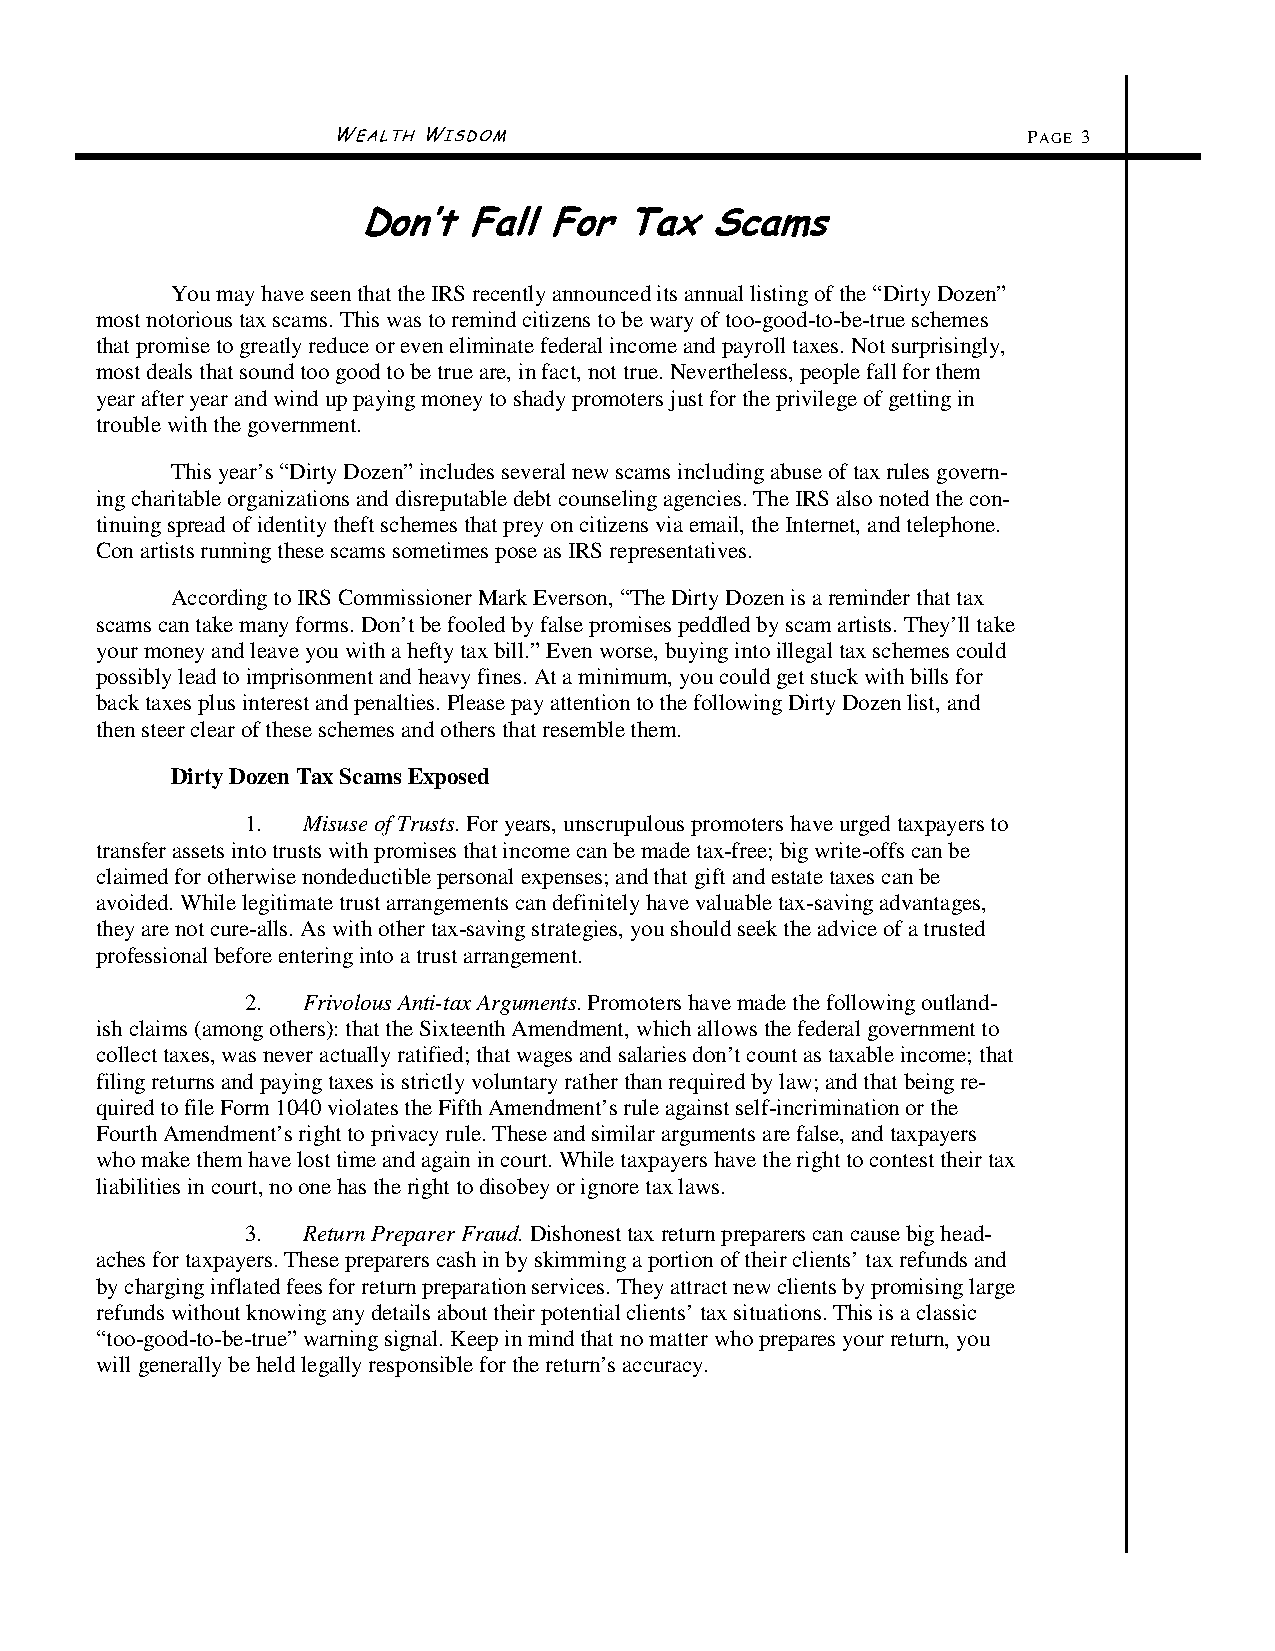
WEALTH WISDOM                                 PAGE 3
 Don’t  Fall For  Tax   Scams
 You may have seen that the IRS recently announced its annual listing of the “Dirty Dozen”
 most notorious tax scams. This was to remind citizens to be wary of too-good-to-be-true schemes
 that promise to greatly reduce or even eliminate federal income and payroll taxes. Not surprisingly,
 most deals that sound too good to be true are, in fact, not true. Nevertheless, people fall for them
 year after year and wind up paying money to shady promoters just for the privilege of getting in
 trouble with the government.
 This year’s “Dirty Dozen” includes several new scams including abuse of tax rules govern-
 ing charitable organizations and disreputable debt counseling agencies. The IRS also noted the con-
 tinuing spread of identity theft schemes that prey on citizens via email, the Internet, and telephone.
 Con artists running these scams sometimes pose as IRS representatives.
 According to IRS Commissioner Mark Everson, “The Dirty Dozen is a reminder that tax
 scams can take many forms. Don’t be fooled by false promises peddled by scam artists. They’ll take
 your money and leave you with a hefty tax bill.” Even worse, buying into illegal tax schemes could
 possibly lead to imprisonment and heavy fines. At a minimum, you could get stuck with bills for
 back taxes plus interest and penalties. Please pay attention to the following Dirty Dozen list, and
 then steer clear of these schemes and others that resemble them.
 Dirty Dozen Tax Scams Exposed
 1.  Misuse of Trusts. For years, unscrupulous promoters have urged taxpayers to
 transfer assets into trusts with promises that income can be made tax-free; big write-offs can be
 claimed for otherwise nondeductible personal expenses; and that gift and estate taxes can be
 avoided. While legitimate trust arrangements can definitely have valuable tax-saving advantages,
 they are not cure-alls. As with other tax-saving strategies, you should seek the advice of a trusted
 professional before entering into a trust arrangement.
 2.  Frivolous Anti-tax Arguments. Promoters have made the following outland-
 ish claims (among others): that the Sixteenth Amendment, which allows the federal government to
 collect taxes, was never actually ratified; that wages and salaries don’t count as taxable income; that
 filing returns and paying taxes is strictly voluntary rather than required by law; and that being re-
 quired to file Form 1040 violates the Fifth Amendment’s rule against self-incrimination or the
 Fourth Amendment’s right to privacy rule. These and similar arguments are false, and taxpayers
 who make them have lost time and again in court. While taxpayers have the right to contest their tax
 liabilities in court, no one has the right to disobey or ignore tax laws.
 3.  Return Preparer Fraud. Dishonest tax return preparers can cause big head-
 aches for taxpayers. These preparers cash in by skimming a portion of their clients’ tax refunds and
 by charging inflated fees for return preparation services. They attract new clients by promising large
 refunds without knowing any details about their potential clients’ tax situations. This is a classic
 “too-good-to-be-true” warning signal. Keep in mind that no matter who prepares your return, you
 will generally be held legally responsible for the return’s accuracy.